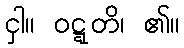
ငှါ။ ဝဋ္ဋတိ၊ ၏။